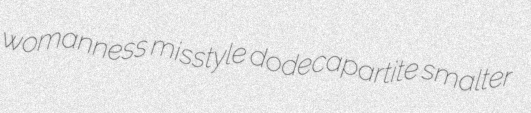
womanness misstyle dodecapartite smalter